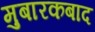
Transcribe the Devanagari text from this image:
मुबारकबाद